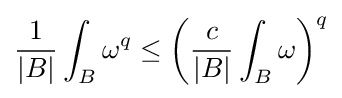
{\frac {1}{|B|}}\int _{B}\omega ^{q}\leq \left({\frac {c}{|B|}}\int _{B}\omega \right)^{q}